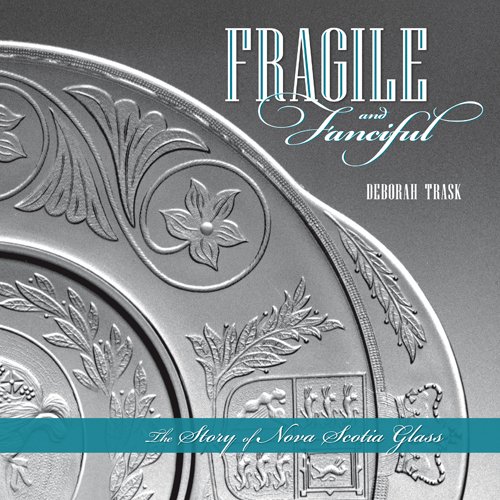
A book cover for Fragile and Fanciful: The Story of Nova Scotia Glass; Deborah Trask; Crafts, Hobbies & Home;